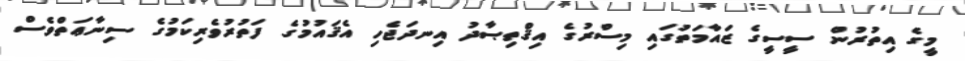
މީގެ އިތުރުން ސީސީގެ ޒައާމަތުގައި މިސްރުގެ އިޤްތިޞާދު އިނދަޖެހި އެޤައުމުގެ ފަތުރުވެރިކަމުގެ ސިނާޢަތްވެސް